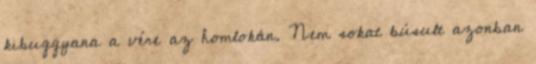
kibuggyana a vére az homlokán. Nem sokat búsult azonban